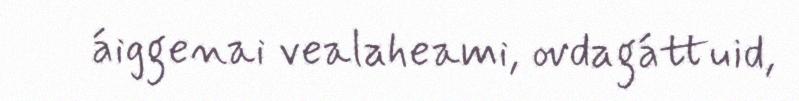
áiggenai vealaheami, ovdagáttuid,